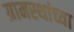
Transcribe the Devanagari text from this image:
ग्रामस्‍थांच्‍या